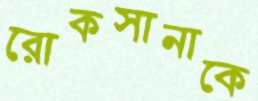
রোকসানাকে